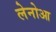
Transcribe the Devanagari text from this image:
लेनोआ